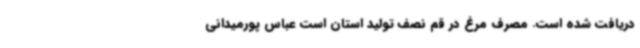
دریافت شده است. مصرف مرغ در قم نصف تولید استان است عباس پورمیدانی